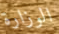
الوزارة